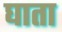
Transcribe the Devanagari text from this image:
घाता